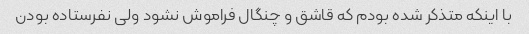
با اینکه متذکر شده بودم که قاشق و چنگال فراموش نشود ولی نفرستاده بودن